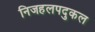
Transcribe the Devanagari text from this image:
निजहलपदुकल